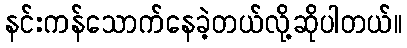
နင်းကန်သောက်နေခဲ့တယ်လို့ဆိုပါတယ်။